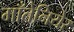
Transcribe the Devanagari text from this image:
माँतेनियेर